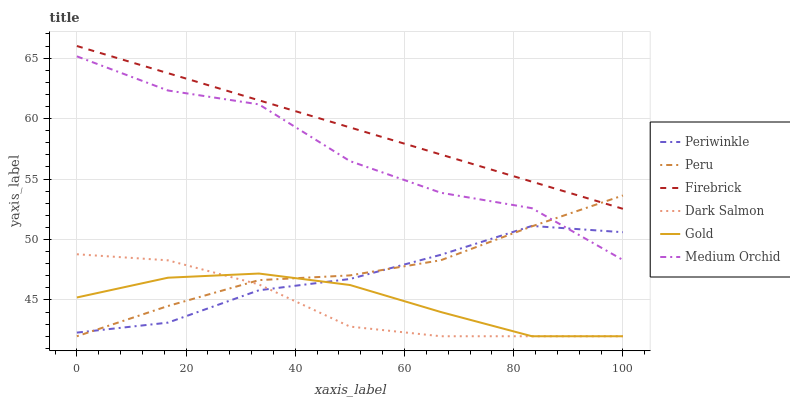
| xaxis_label | Periwinkle | Peru | Firebrick | Dark Salmon | Gold | Medium Orchid |
 | --- | --- | --- | --- | --- | --- | --- |
 | 0 | 42.3 | 42 | 66 | 48.8 | 45.2 | 65.1 |
 | 16.7 | 43.1 | 44.5 | 63.8 | 48.3 | 46.8 | 62.3 |
 | 33.3 | 45.8 | 46.6 | 61.5 | 46.3 | 47.2 | 61.2 |
 | 50 | 46.7 | 47 | 59.3 | 42.8 | 46.2 | 56.5 |
 | 66.7 | 48.7 | 48.3 | 57 | 42 | 44 | 53.9 |
 | 83.3 | 51.1 | 51.1 | 54.8 | 42 | 42 | 52.6 |
 | 100 | 50.6 | 53.6 | 52.5 | 42 | 42 | 48.3 |